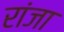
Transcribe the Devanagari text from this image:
रांजा